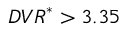
{ D V R } ^ { * } > 3 . 3 5